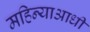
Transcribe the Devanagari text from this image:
महिन्याआधी